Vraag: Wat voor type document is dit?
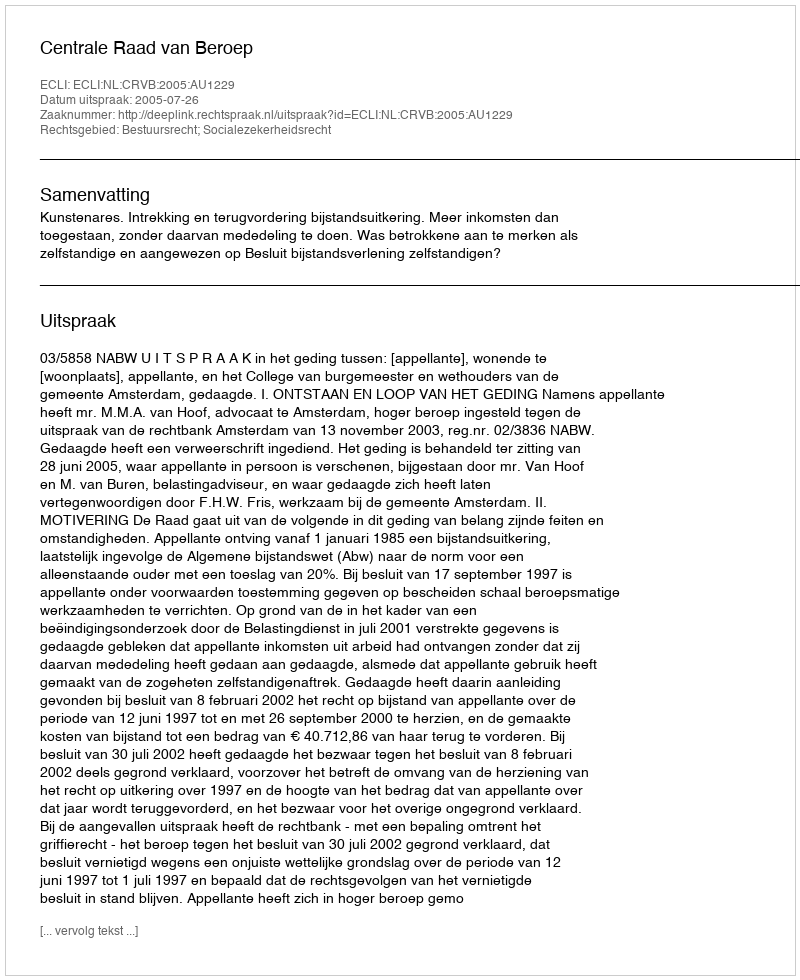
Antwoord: Uitspraak